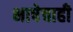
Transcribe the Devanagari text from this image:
भाषेचाही